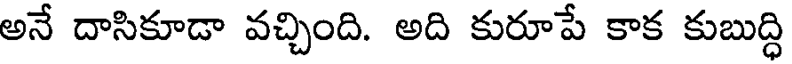
అనే దాసికూడా వచ్చింది. అది కురూపే కాక కుబుద్ధి